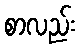
စာလည်း